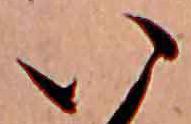
い